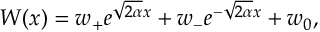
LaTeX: W ( x ) = w _ { + } e ^ { \sqrt { 2 \alpha } x } + w _ { - } e ^ { - \sqrt { 2 \alpha } x } + w _ { 0 } ,